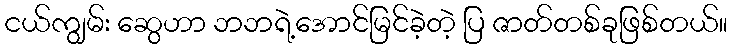
ငယ်ကျွမ်း ဆွေဟာ ဘဘရဲ့အောင်မြင်ခဲ့တဲ့ ပြ ဇာတ်တစ်ခုဖြစ်တယ်။